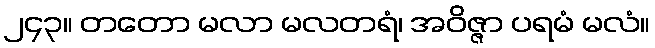
၂၄၃။ တတော မလာ မလတရံ၊ အဝိဇ္ဇာ ပရမံ မလံ။